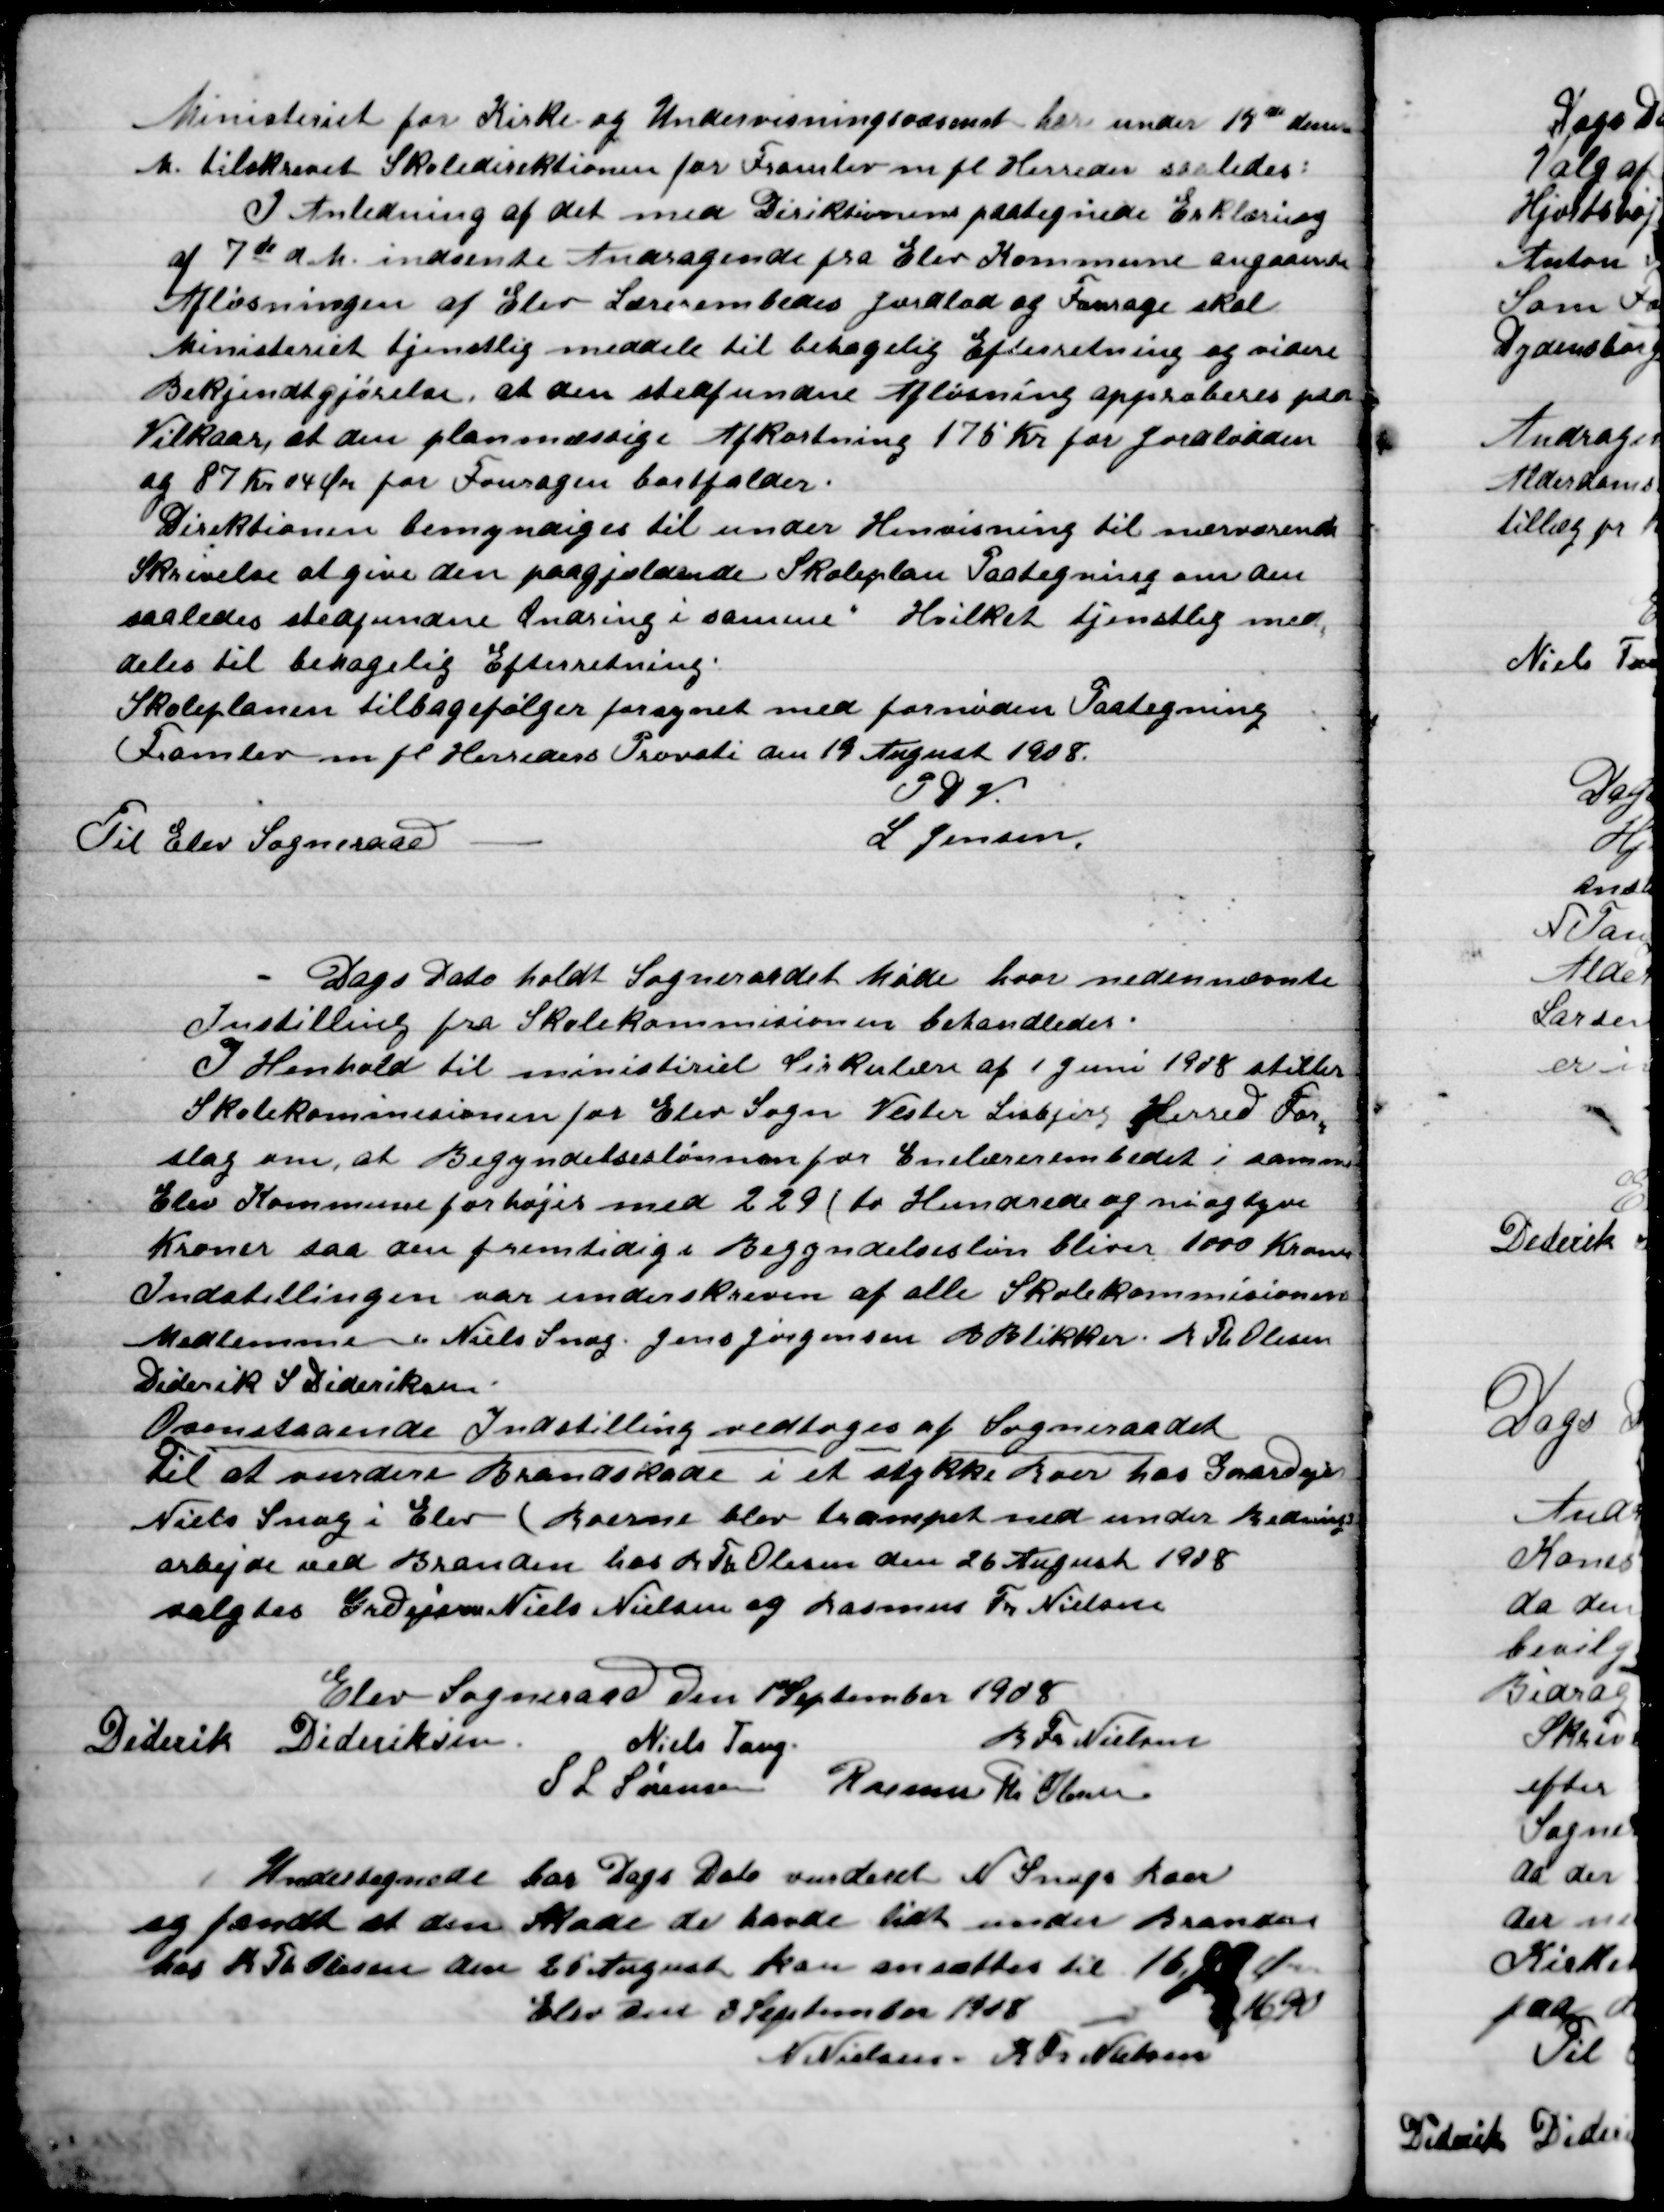
Transskription:
Ministeriet for Kirke og Undervisningsvæsenet har under 19de denne
m. tilskrevet Skoledirektionen for Framlev m.fl. Herredes saaledes
I Anledning af det med Direktionen paategnede Erklæring
Af 7de d. M. indsendte Andragende fra Elev Kommune angaaende
Afløsning af Elev Lærerembedes Jordlod og Fourage skal
Ministeriet tjenstlig meddele til behagelig Efterretning og videre
Bekjendtgjørelse, at den sted foruden afløsning approberes paa
Vilkaar, at den planmæssige Afkastning 175 Kr. for Jordlodden
og 87 Kr. 04 Øre for fouragen bortfalder.
Direktionen bemyndiges til under Henvisning til nærværende
Skrivelse at give den paagældende Skoleplan Paategning om den
Saaledes stedfundne Ændring i samme. Hvilket tjenstlig med-
deles til behagelig Efterretning.
Skoleplanen tilbagefølger forsynet med fornøden Paategning
Framlev m.fl. Herreders Provsti den 19 August 1908.
P.S.V.
J. Jensen
Til Elev Sogneraad

Dags Dato holdt Sogneraadet Møde hvor nedennævnte
Indstilling fra Skolekommissionen behandledes.
I Henholdt til ministeriet Cirkulære af 1 Juni  1908 stilles
Skolekommissionen for Elev sogn Vester Lisbjerg Herred for-
Slag om, at Begyndelseslønnen for Lærer Embedet i samme
Elev Kommune forhøjes med 229 (to Hundrede og niogtyve
Kroner saa den fremtidige begyndelsesløn bliver 1000 Kroner
 Indstillingen var underskreven af alle Skolekommissions
Medlemmer : Niels Snog, Jens Jørgensen, B. Blikker, R. Th. Olesen,
Diderik S. Dideriksen.
Ovnestaaende  Indstilling vedtoges af Sogneraadet
Til at vurdere Brandskade i et stykke Roer hos Gaardeier
Niels Snog i Elev (Broerne blev trampet ned under Rednings-
Arbejde ved Branden hos R. Th. Olesen den 26 August 1908
 Valgtes Gdr. Drejer, Niels Nielsen og Rasmus Fr. Nielsen

Elev Sogneraad Den 1. September 1908

Diderik Dideriksen
Niels Tang
R. Fr. Nielsen
S. L. Sørensen
Rasmus Th. Olesen

Undertegnede hos Dags Dato vurderede N. Snogs Roer
og fandt at den Måde de havde lidt under Branden
hos R. Th. Olsen den 26 August kan ansættes til 16,90 Øre
Elev Den 3. September - 1908
Niels Nielsen, R. Fr. Nielsen